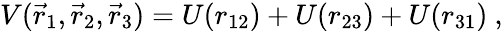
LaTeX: V(\vec{r}_{1},\vec{r}_{2},\vec{r}_{3})=U(r_{12})+U(r_{23})+U(r_{31})~,